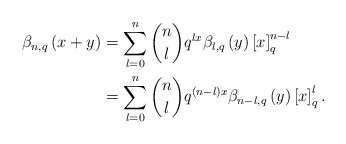
\begin{align*}\beta_{n,q}\left(x+y\right) & =\sum_{l=0}^{n}\dbinom{n}{l}q^{lx}\beta_{l,q}\left(y\right)\left[x\right]_{q}^{n-l}\\ & =\sum_{l=0}^{n}\dbinom{n}{l}q^{\left(n-l\right)x}\beta_{n-l,q}\left(y\right)\left[x\right]_{q}^{l}.\end{align*}